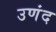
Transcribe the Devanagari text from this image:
उणंद